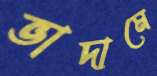
ভাদামে